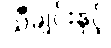
သီချင်းနှင့်